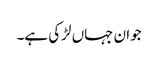
جوان جہاں لڑکی ہے۔